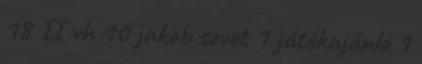
18 II vh 10 jakob szvet 1 játékajánló 1